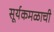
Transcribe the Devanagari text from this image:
सूर्यकमळाची